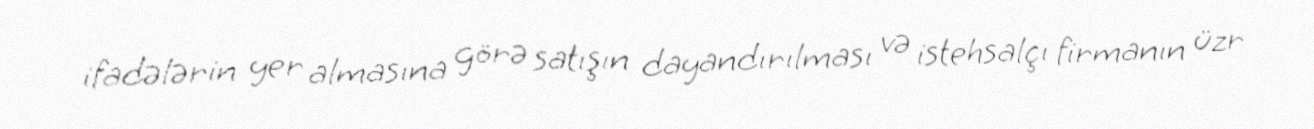
ifadələrin yer almasına görə satışın dayandırılması və istehsalçı firmanın üzr